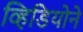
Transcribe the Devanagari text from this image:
व्हिडियोने